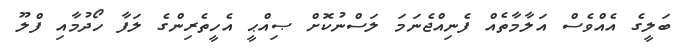
ބަލީގެ އެއްވެސް އަލާމާތެއް ފެނިއްޖެނަމަ ލަސްނުކޮށް ޞިއްޙީ އެހީތެރިންގެ ލަފާ ހޯދުމާއި ފްލޫ